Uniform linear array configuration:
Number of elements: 64
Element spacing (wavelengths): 0.5
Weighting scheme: blackman
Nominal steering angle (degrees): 45
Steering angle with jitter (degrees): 43.364
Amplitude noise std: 0.05
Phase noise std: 0.05

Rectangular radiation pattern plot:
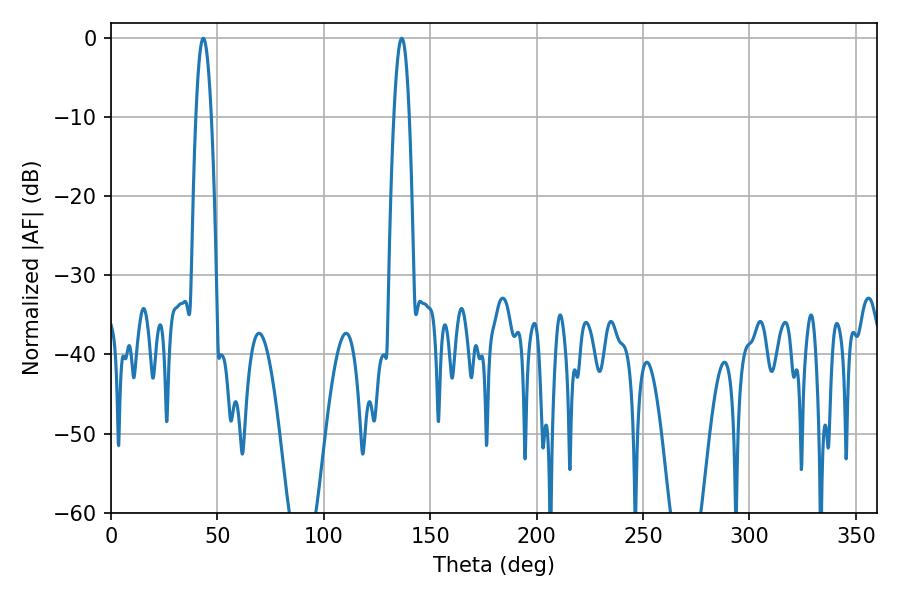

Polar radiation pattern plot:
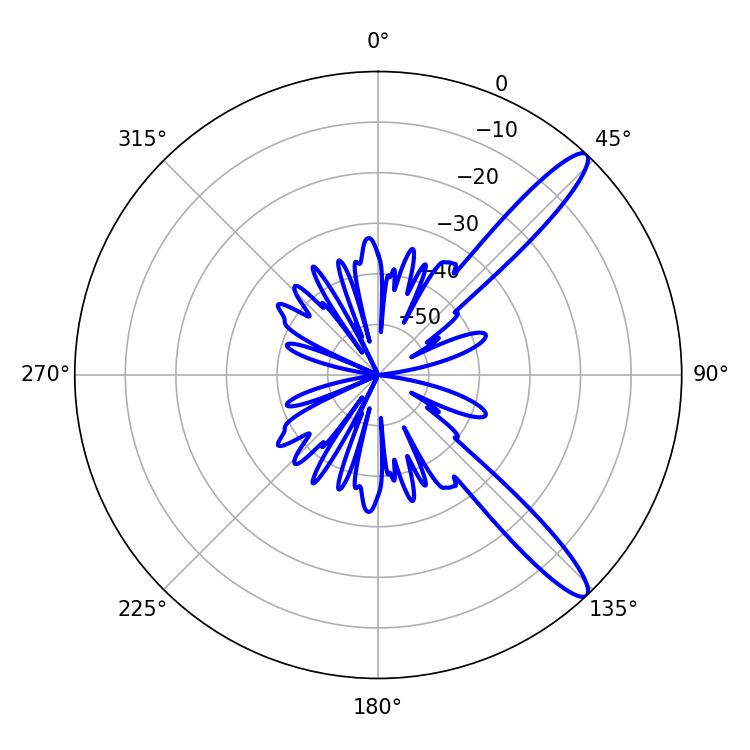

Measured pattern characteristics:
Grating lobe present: FALSE
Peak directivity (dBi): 12.853
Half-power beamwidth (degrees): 3.96
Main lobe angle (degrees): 43.38